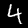
Digit: 4